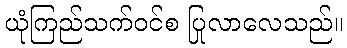
ယုံကြည်သက်ဝင်စ ပြုလာလေသည်။